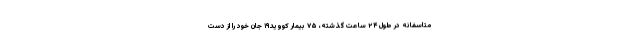
متاسفانه در طول ۲۴ ساعت گذشته، ۷۵ بیمار کووید۱۹ جان خود را از دست